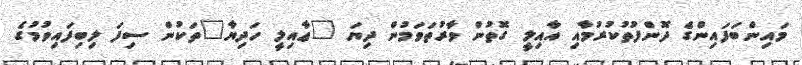
މައިންބަފައިންގެ ދޮންފުތުކުރުމާއި އާއިލީ ގޮތުން ވާރުތަވަމުން ދިޔަ "ޢާއިލީ ހަދިޔާ"ތަކުން ސިފަ ލިބިފައިވުމުގެ